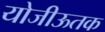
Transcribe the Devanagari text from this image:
योजीऊतक